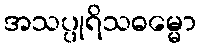
အသပ္ပုရိသဓမ္မော